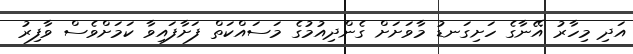
އަދި މިހާރު އޭނާގެ ހަށިގަނޑު މާވަށަށް ގެންދިއުމުގެ މަސައްކަތް ފަށާފައިވާ ކަމަށްވެސް ވާފިރު